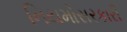
નિયમોસરકારી